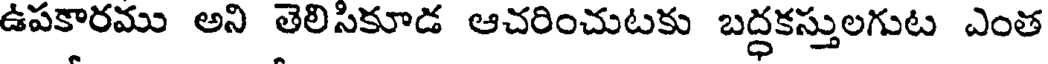
ఉపకారము అని తెలిసికూడ ఆచరించుటకు బద్ధకస్తులగుట ఎంత